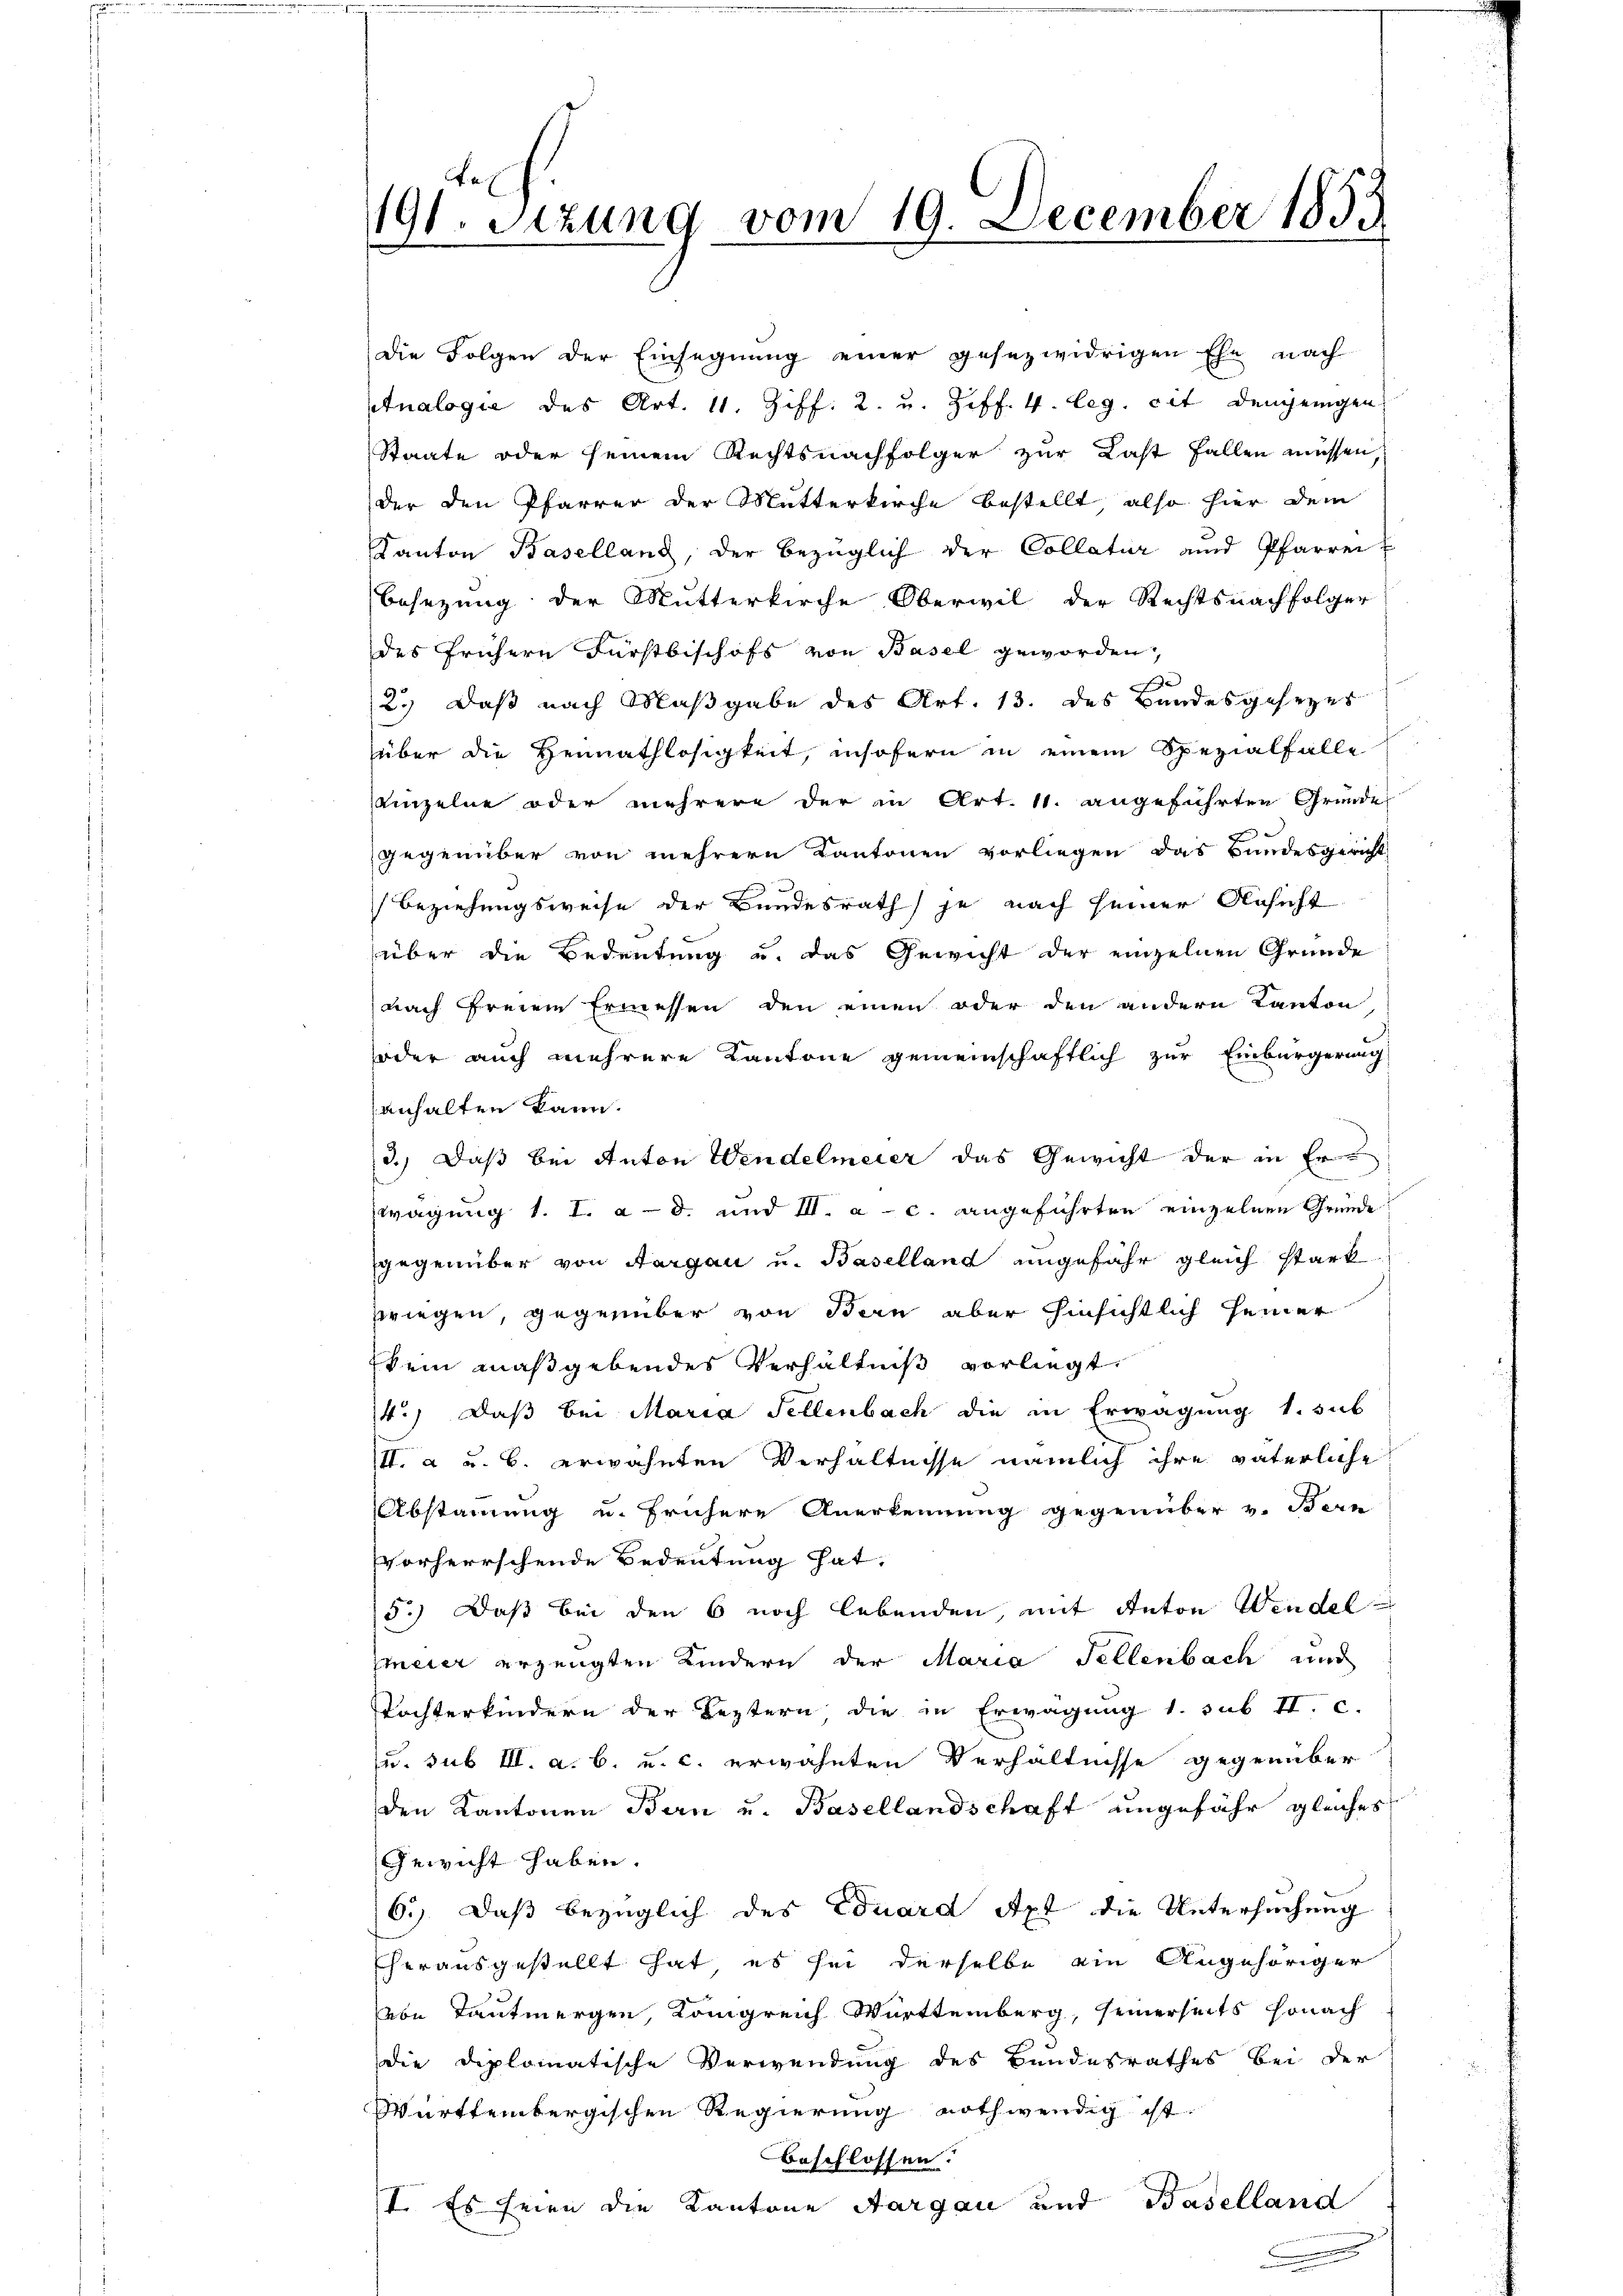
191. Sizung vom 19. December 1853

Die Folgen der Einsegnung einer gesezwidrigen Ehe nach
tnalogie des Art. 11. Ziff. 2. u. Ziff. 4. leg. cit denjenigen
Staate oder seinem Rechtsnachfolger zur Last fallen müssen,
der den Pfarrer der Mutterkirche bestellt, also hier dem
Kanton Baselland, der bezüglich der Collatur und Pfarrei
Besezung der Mutterkirche Oberwil der Rechtsnachfolger
des frühern Fürstbischofs von Basel geworden,

2.) Daß nach Maßgabe des Art. 13. des Bandesgesezes
über die Heimathlosigkeit, insofern in einem Spezialfalle
einzelne oder mehrere der in Art. 11. angeführten Grunde
gegenüber von mehrern Kantonen vorliegen das Bundesgericht
Beziehungsweise der Bundesrath je nach seiner Ansicht
über die Bedeutung u. das Gewicht der einzelnen Gründe
nach freien Ermessen den einen oder den andern Kanton
oder auch mehrere Kantone gemeinschaftlich zur Einbürgerung
anhalten kann.
3.) Daß bei Anton Wendelmeier das Gewicht der in Erwägung 1. I. ad und III. a. c. angeführten einzelnen Gründe
gegenüber von Aargau u. Baselland ungefähr gleich stark
zwiegen, gegenüber von Bern aber hinsichtlich seiner
kein maßgebendes Verhältniß vorliegt,
14.) Daß bei Maria Fellenbach die in Erwägung 1. sub
III. a u. B. erwähnten Verhältnisse nämlich ihre väterliche
Abstammung u. frühere Anerkennung gegenüber v. Bern
Vorherrschende Bedeutung hat.
5.) Daß bei den 6 noch lebenden, mit Anton Wendel
meier erzeugten Kindern der Maria Fellenbach und
Tochterkindern der Leztern die in Erwägung 1. sub II. c.
u. sub III. a. b. u. c. erwähnten Verhältnisse gegenüber
den Kantonen Bern u. Basellandschaft ungefähr gleiches
Gewicht haben.
6.) Daß bezüglich des Eduard Apt die Untersuchung
herausgestellt hat, es sei derselbe ein Angehöriger
von Tautmergen, Königreich Württemberg, seinerseits sonach
die diplomatische Verwendung des Bundesrathes bei der
Württembergischen Regierung nothwendig ist
beschlossen.
I. Es seien die Kantone Aargau und Baselland